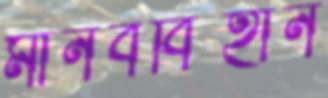
মানববিহীন